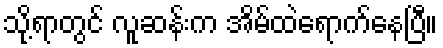
သို့ရာတွင် လူဆန်းက အိမ်ထဲရောက်နေပြီ။